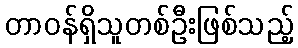
တာဝန်ရှိသူတစ်ဦးဖြစ်သည့်